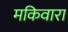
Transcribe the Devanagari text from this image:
मकिवारा